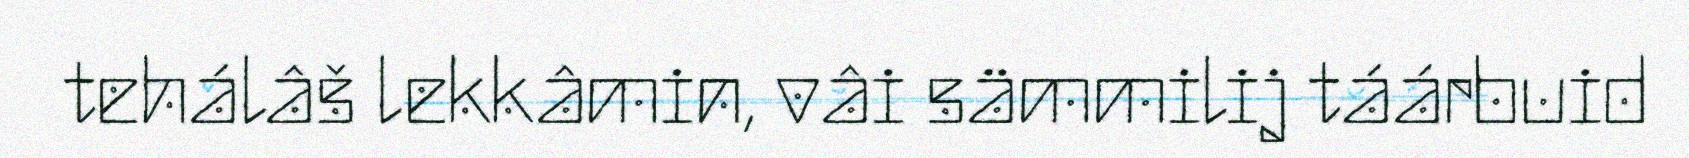
tehálâš lekkâmin, vâi sämmilij táárbuid